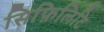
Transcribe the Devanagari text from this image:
सिफ़िलिटि